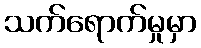
သက်ရောက်မှုမှာ